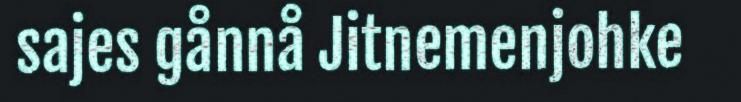
sajes gånnå Jitnemenjohke